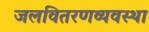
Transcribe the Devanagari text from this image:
जलवितरणव्यवस्था